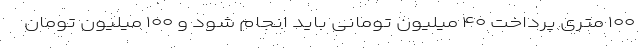
۱۰۰ متری پرداخت ۴۰ میلیون تومانی باید انجام شود و ۱۰۰ میلیون تومان